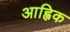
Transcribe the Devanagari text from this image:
आह्विक